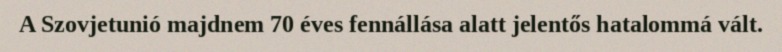
A Szovjetunió majdnem 70 éves fennállása alatt jelentős hatalommá vált.